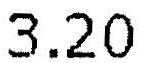
3.20